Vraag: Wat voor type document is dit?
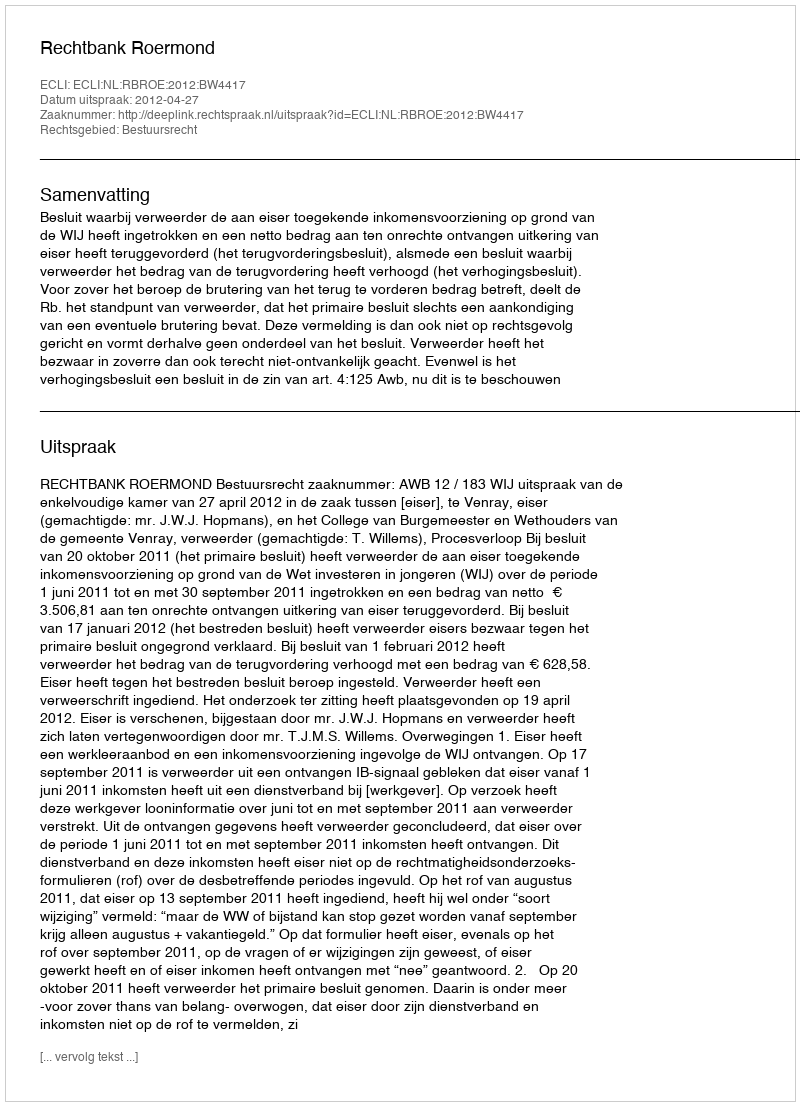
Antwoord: Uitspraak